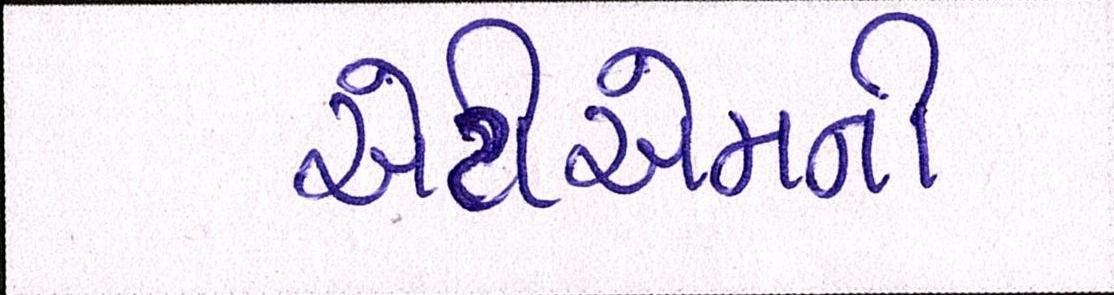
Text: એટીએમની